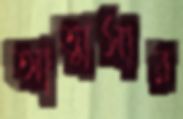
আত্মসার